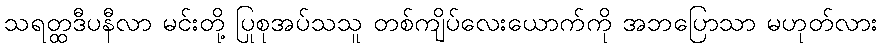
သရတ္ထဒီပနီလာ မင်းတို့ ပြုစုအပ်သသူ တစ်ကျိပ်လေးယောက်ကို အဘပြောသာ မဟုတ်လား